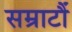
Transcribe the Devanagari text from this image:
सम्राटौं